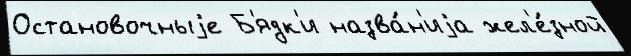
Остановочныjе Б'ядк'и назва́н'иjа жел'е́зной